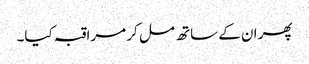
پھر ان کے ساتھ مل کر مراقبہ کیا۔